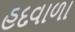
હદવાળા